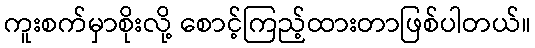
ကူးစက်မှာစိုးလို့ စောင့်ကြည့်ထားတာဖြစ်ပါတယ်။